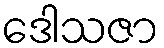
ဒေါသဇာ